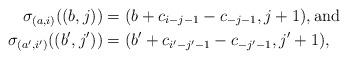
LaTeX: \begin{align*} \sigma_{(a,i)}((b,j)) &= (b+c_{i-j-1}-c_{-j-1},j+1), {\rm and}\\ \sigma_{(a',i')}((b',j')) &= (b'+c_{i'-j'-1}-c_{-j'-1},j'+1), \end{align*}